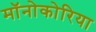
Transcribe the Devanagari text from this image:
मॉनोकोरिया